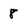
Character: 8